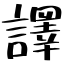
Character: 譯